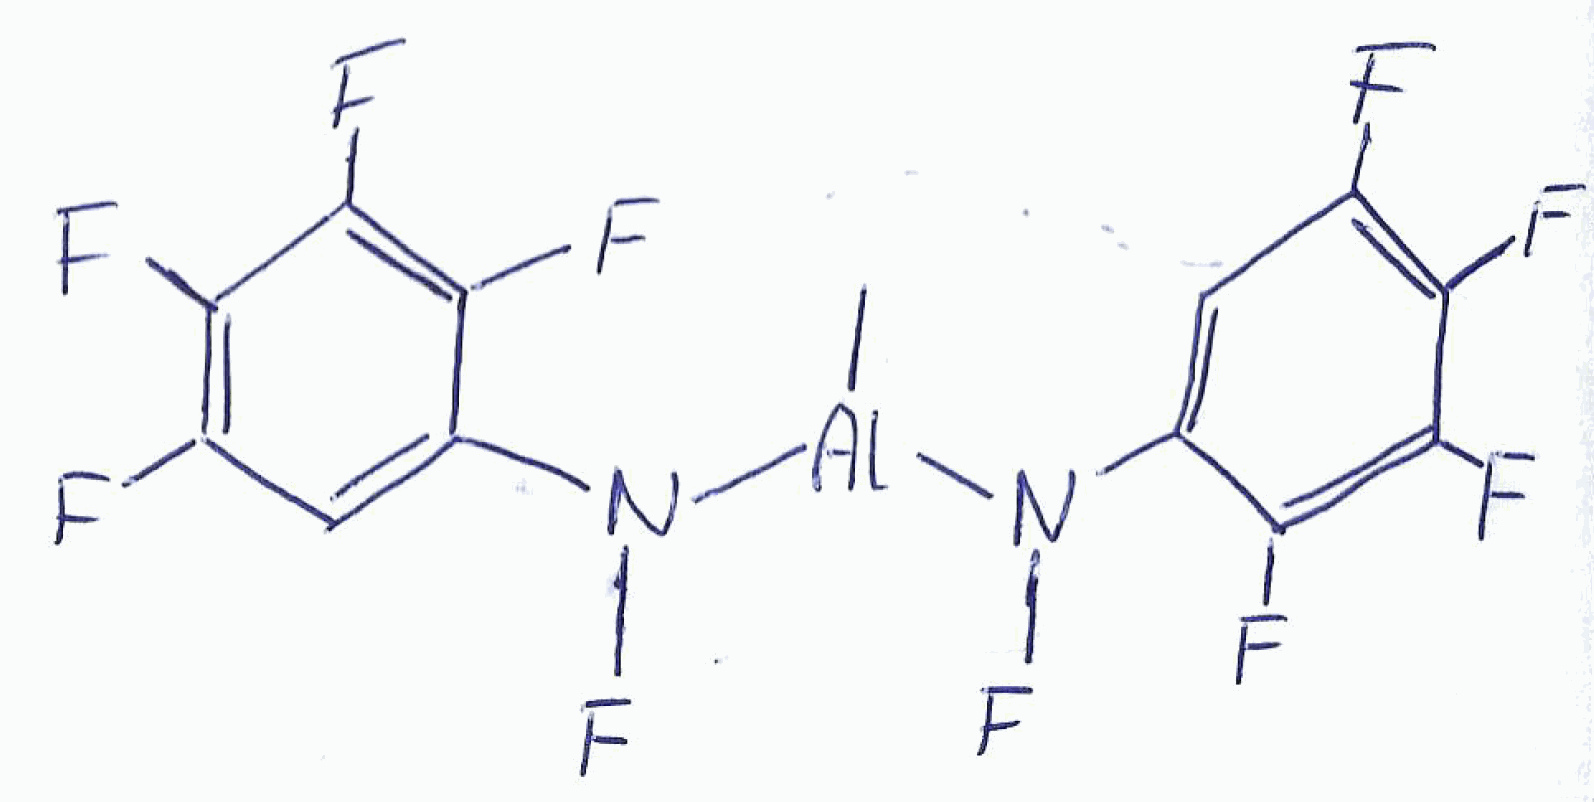
Simplified molecular-input line-entry system (SMILES) notation of the given molecule:
C[Al](N(C1=CC(=C(C(=C1F)F)F)F)F)N(C2=CC(=C(C(=C2F)F)F)F)F